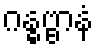
ဂန္ဓဗ္ဗာနံ